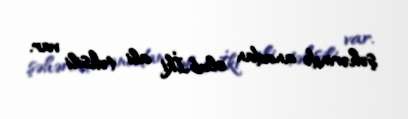
şəhərində anadan olub.İki ali təhsili var.